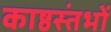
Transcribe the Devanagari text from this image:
काष्ठस्तंभों